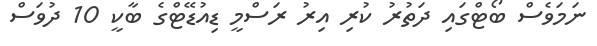
ނަމަވެސް ބޯޓްގައި ދަތުރު ކުރި އިރު ރަސްމީ ޑިއުޑޭޓްގެ ބާކީ 10 ދުވަސް